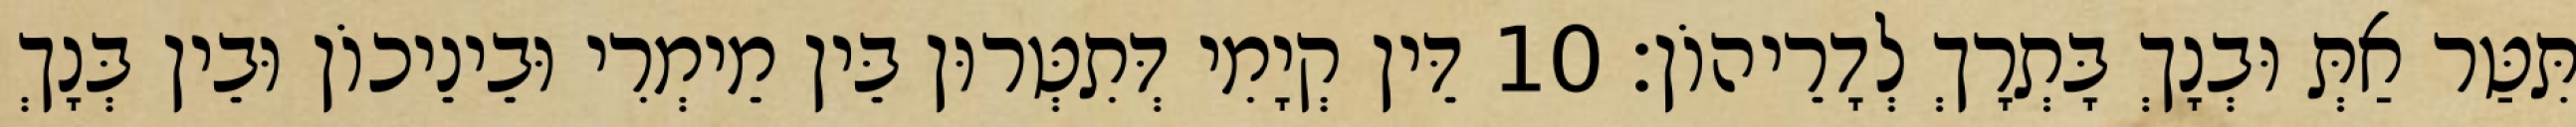
תִּטַּר אַתְּ וּבְנָךְ בָּתְרָךְ לְדָרֵיהוֹן׃ 10 דֵּין קְיָמִי דְּתִטְּרוּן בֵּין מֵימְרִי וּבֵינֵיכוֹן וּבֵין בְּנָךְ